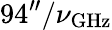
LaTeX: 94^{\prime\prime}/\nu_{\mathrm{GHz}}